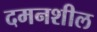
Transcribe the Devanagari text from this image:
दमनशील